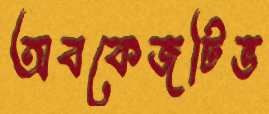
অবকেজটিভ